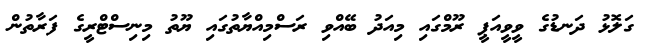
ގަލޮޅު ދަނޑުގެ ވީވީއަޕީ ރޫމްގައި މިއަދު ބޭއްވި ރަސްމިއްޔާތުގައި ޔޫތު މިނިސްޓްރީގެ ފަރާތުން